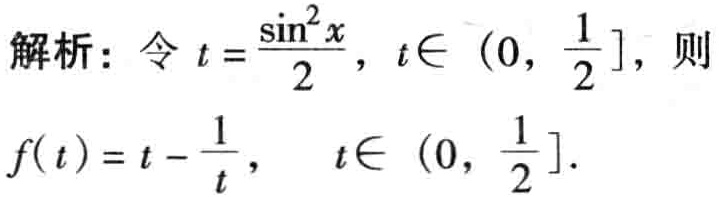
解析：令\(t = \frac{\sin^{2}x}{2}\)，\(t\in(0, \frac{1}{2}]\)，则

\(f(t)=t - \frac{1}{t}\)， \(t\in(0, \frac{1}{2}]\)。